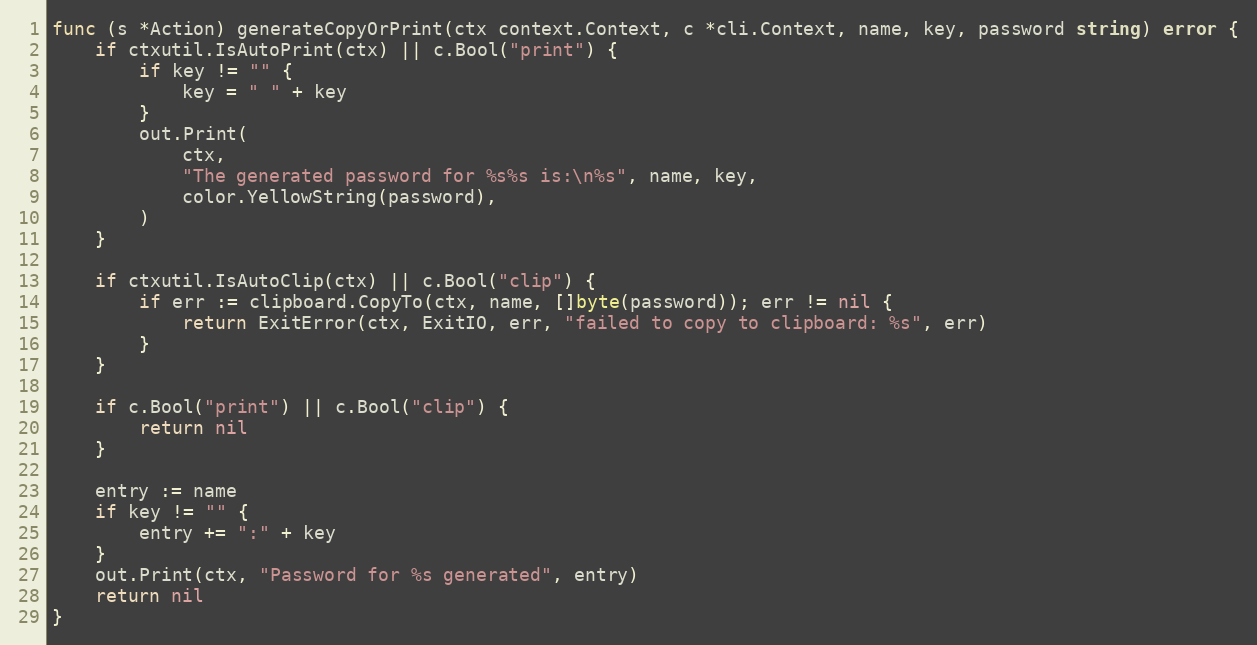
Language: Go
func (s *Action) generateCopyOrPrint(ctx context.Context, c *cli.Context, name, key, password string) error {
	if ctxutil.IsAutoPrint(ctx) || c.Bool("print") {
		if key != "" {
			key = " " + key
		}
		out.Print(
			ctx,
			"The generated password for %s%s is:\n%s", name, key,
			color.YellowString(password),
		)
	}

	if ctxutil.IsAutoClip(ctx) || c.Bool("clip") {
		if err := clipboard.CopyTo(ctx, name, []byte(password)); err != nil {
			return ExitError(ctx, ExitIO, err, "failed to copy to clipboard: %s", err)
		}
	}

	if c.Bool("print") || c.Bool("clip") {
		return nil
	}

	entry := name
	if key != "" {
		entry += ":" + key
	}
	out.Print(ctx, "Password for %s generated", entry)
	return nil
}